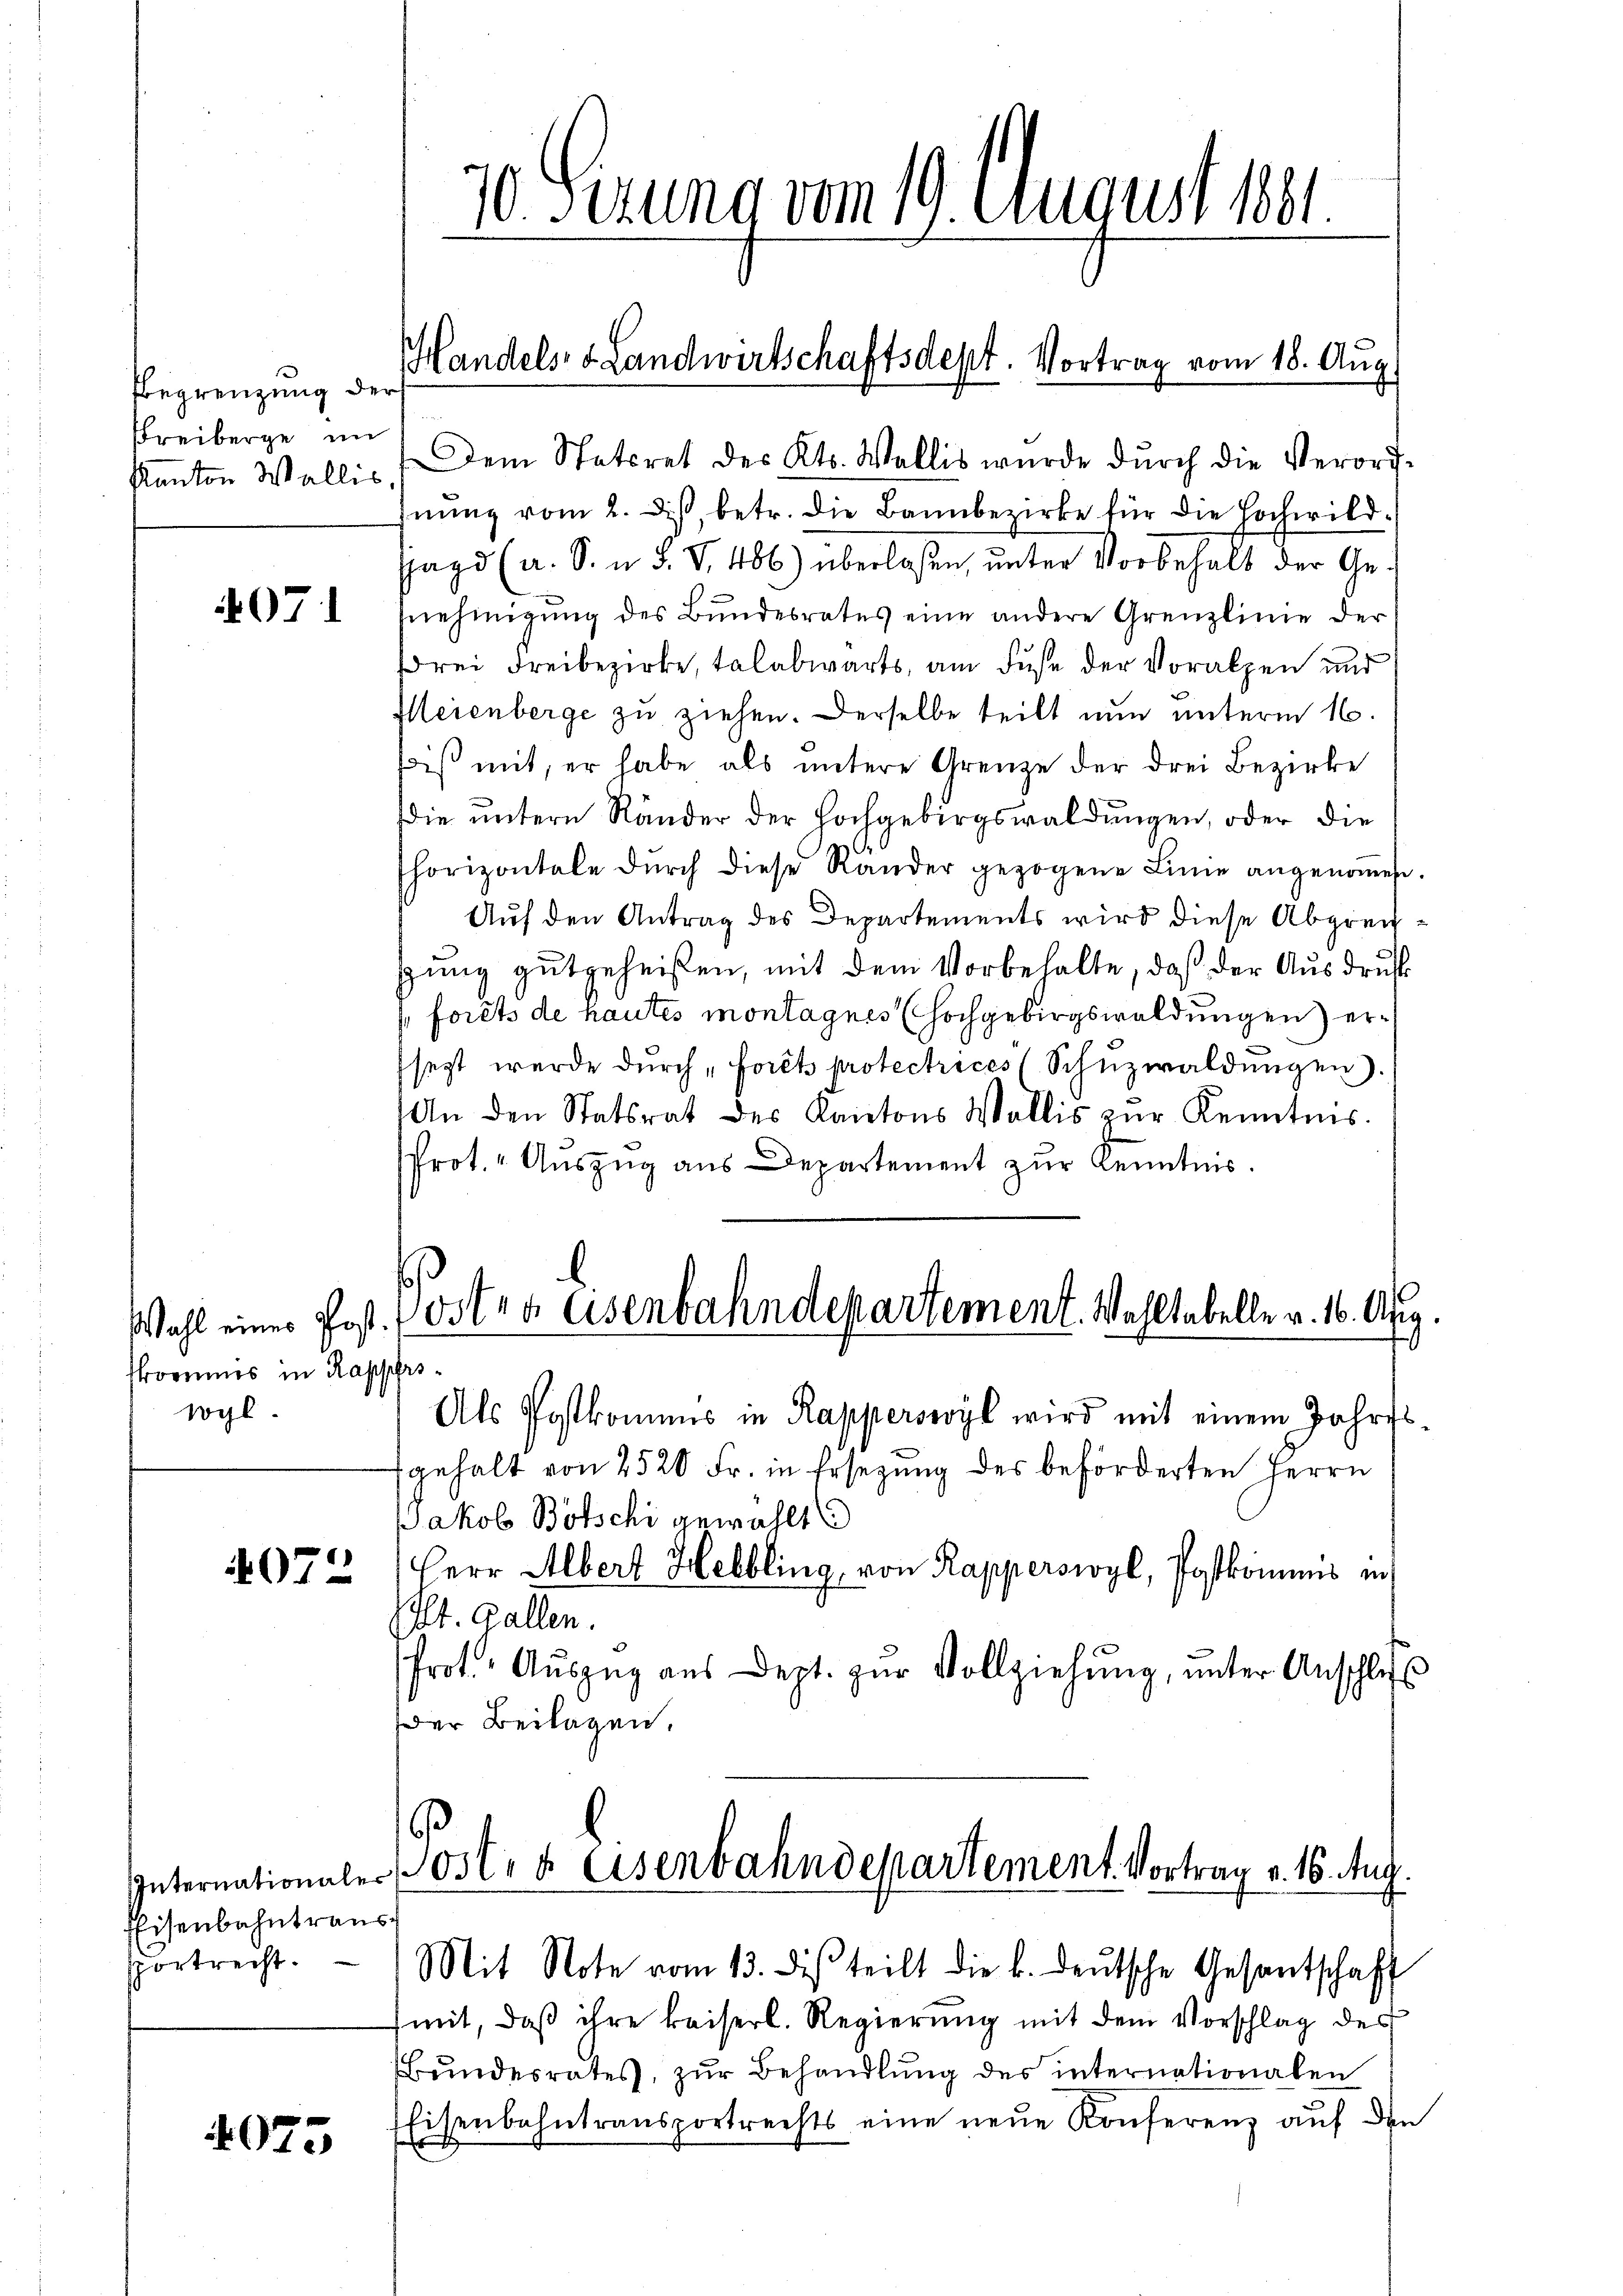
Pegrenzung der
Freiberge im
Kanton Wallis,

4071

skommes in Rapperswogl.

Eisenbahntraus
sportrecht.

4075

70. Gerung vom 19. August 1881.

Handels- & Landwirtschaftsdept. Vortrag vom 18. Aug.

Dem Statiret des Kts. Wallis wurde dŭrch die Verord-
nŭng vom 2. diβ, betr. die Bannbezirke für die Hochwild.
Jagd (a. S. u. S. V. 486) überlaßen, unter Vorbehalt der Genehmigŭng des Bŭndesrates eine andere Grenzlinie der
drei Freibezirke, talabwärts, am Fuße der Voralpen und
Meienberge zu ziehen. Derselbe teilt nun unterm 16.
biß mit, er habe als untere Grenze der drei Bezirke
ie ŭntern Ränder der Hochgebirgswaldŭngen, oder die
Phorizontale dŭrch diese Rander gezogene Linie angenommen.
Auf den Antrag des Departements wird diese Abgrenzsung gutgeheißen, mit dem Vorbehalte, daß der Ausdruck
forêts de hautes montagnes Hochgebirgswaldungen) ersezt werde dŭrch fort protectrices (Schŭzwaldungen).
An den Statsrat des Kantons Wallis zŭr Kenntnis
Prot. Auszug aus Departement zur Kenntnis.
Wahl eines Post. 1 Oster Eisenbahndepartement. Wohltabelle v. 16. Aug.

Als Postkomens in Rapperswyl wird mit einem Jahrfs-
tgehalt von 2520 Fr. in Ersezung des beförderten Herrn
Jakob Botschi gewählt
07 (Herr Albert Helbling, von Rapperswyl, Postkommnis in
Plt. Gallen.
Prot. Aŭszŭg aŭs Dept. zŭr Vollziehŭng ŭnter Anschlu
Der Beilagen.

Internationaler Post- & Eisenbahndepartement. Vortrag v. 16. Aug.
Mit Note vom 13. dis teilt die h. deŭtsche Gesantschaft

mit, daß ihre kaiserl. Regierung mit dem Vorschlag des
Bundesrates, zur Behandlung des internationalen
Eisenbahntransportrechts eine neŭe Konferenz auf den